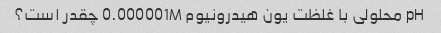
pH محلولی با غلظت یون هیدرونیوم 0.000001M چقدر است؟